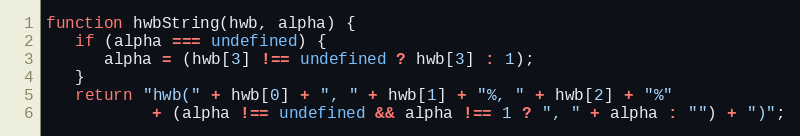
Language: JavaScript
function hwbString(hwb, alpha) {
   if (alpha === undefined) {
      alpha = (hwb[3] !== undefined ? hwb[3] : 1);
   }
   return "hwb(" + hwb[0] + ", " + hwb[1] + "%, " + hwb[2] + "%"
           + (alpha !== undefined && alpha !== 1 ? ", " + alpha : "") + ")";